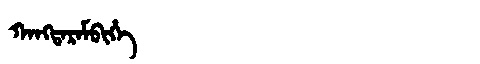
Manchu: ᡴᠠᠩᡨᠠᡵᠠᠮᠪᡳᡥᡝ
Romanization: KANGTARAMBIHE